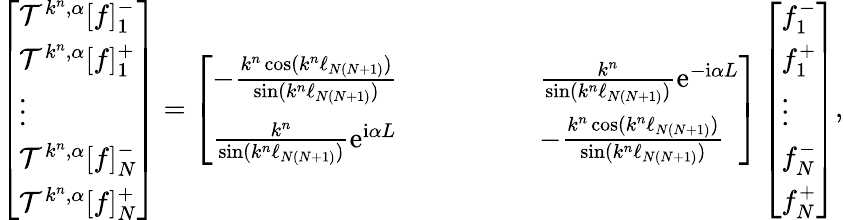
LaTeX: \left[\begin{array}{l}{\mathcal{T}^{k^{n},\alpha}[f]_{1}^{-}}\\ {\mathcal{T}^{k^{n},\alpha}[f]_{1}^{+}}\\ {\vdots}\\ {\mathcal{T}^{k^{n},\alpha}[f]_{N}^{-}}\\ {\mathcal{T}^{k^{n},\alpha}[f]_{N}^{+}}\end{array}\right]=\left[\begin{array}{llllll}{-\frac{k^{n}\cos(k^{n}\ell_{N(N+1)})}{\sin(k^{n}\ell_{N(N+1)})}}&{}&{}&{}&{}&{\frac{k^{n}}{\sin(k^{n}\ell_{N(N+1)})}\mathrm{e}^{-\mathrm{i}\alpha L}}\\ {\frac{k^{n}}{\sin(k^{n}\ell_{N(N+1)})}\mathrm{e}^{\mathrm{i}\alpha L}}&{}&{}&{}&{}&{-\frac{k^{n}\cos(k^{n}\ell_{N(N+1)})}{\sin(k^{n}\ell_{N(N+1)})}}\end{array}\right]\left[\begin{array}{l}{f_{1}^{-}}\\ {f_{1}^{+}}\\ {\vdots}\\ {f_{N}^{-}}\\ {f_{N}^{+}}\end{array}\right],